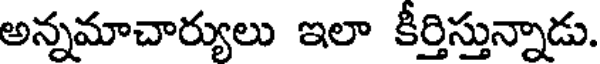
అన్నమాచార్యులు ఇలా కీర్తిస్తున్నాడు.